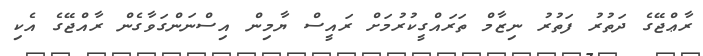
ރާޢްޖޭގެ ދަތުރު ފަތުރު ނިޒާމް ތަރައްގީކުރުމަށް ރައީސް ޔާމިން އިސްނަންގަވާގެން ރާއްޖޭގެ އެކި